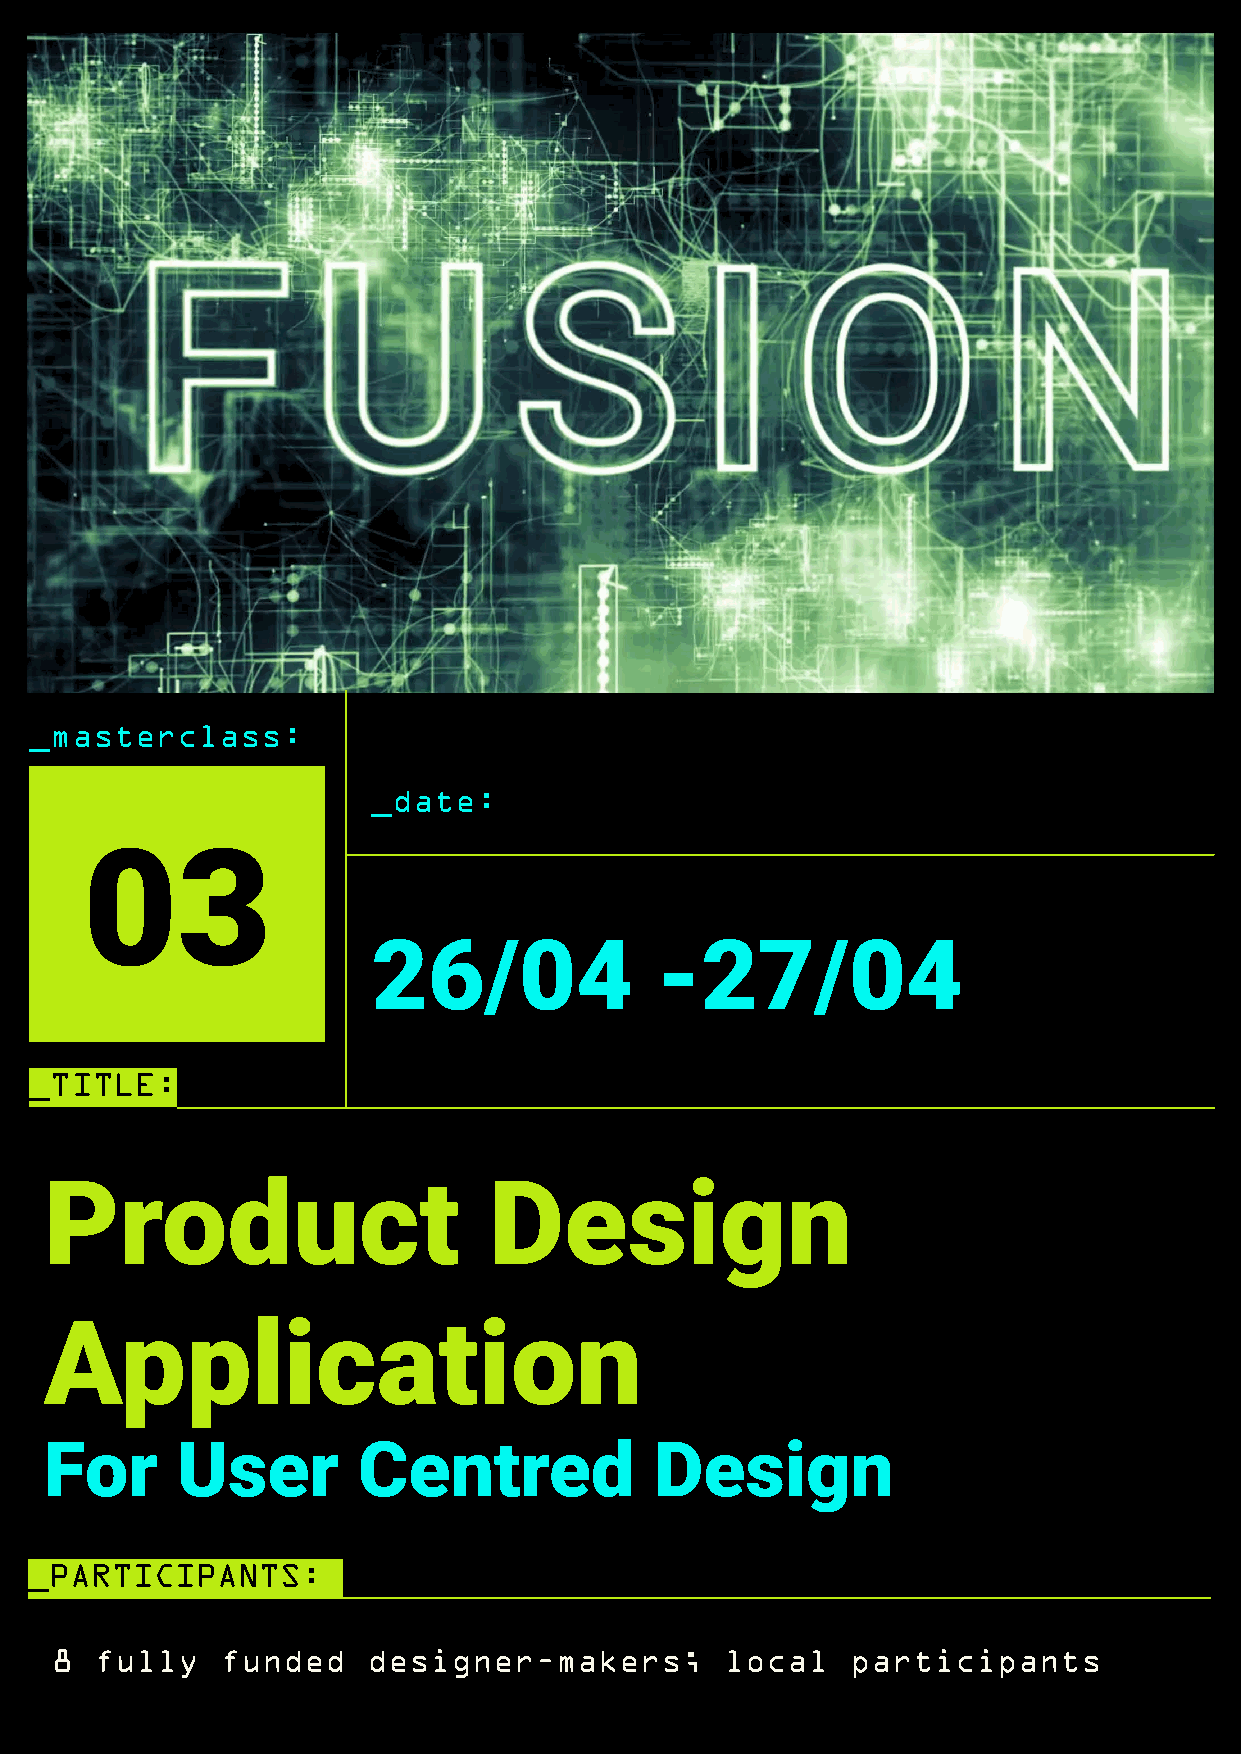
_masterclass:
 _date:
 03
 26/04             -27/04
 _TITLE:
 Product                      Design
 Application
 For      User        Centred            Design
 _PARTICIPANTS:
 8  fully    funded   designer-makers;        local   participants